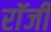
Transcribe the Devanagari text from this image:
राॅजी